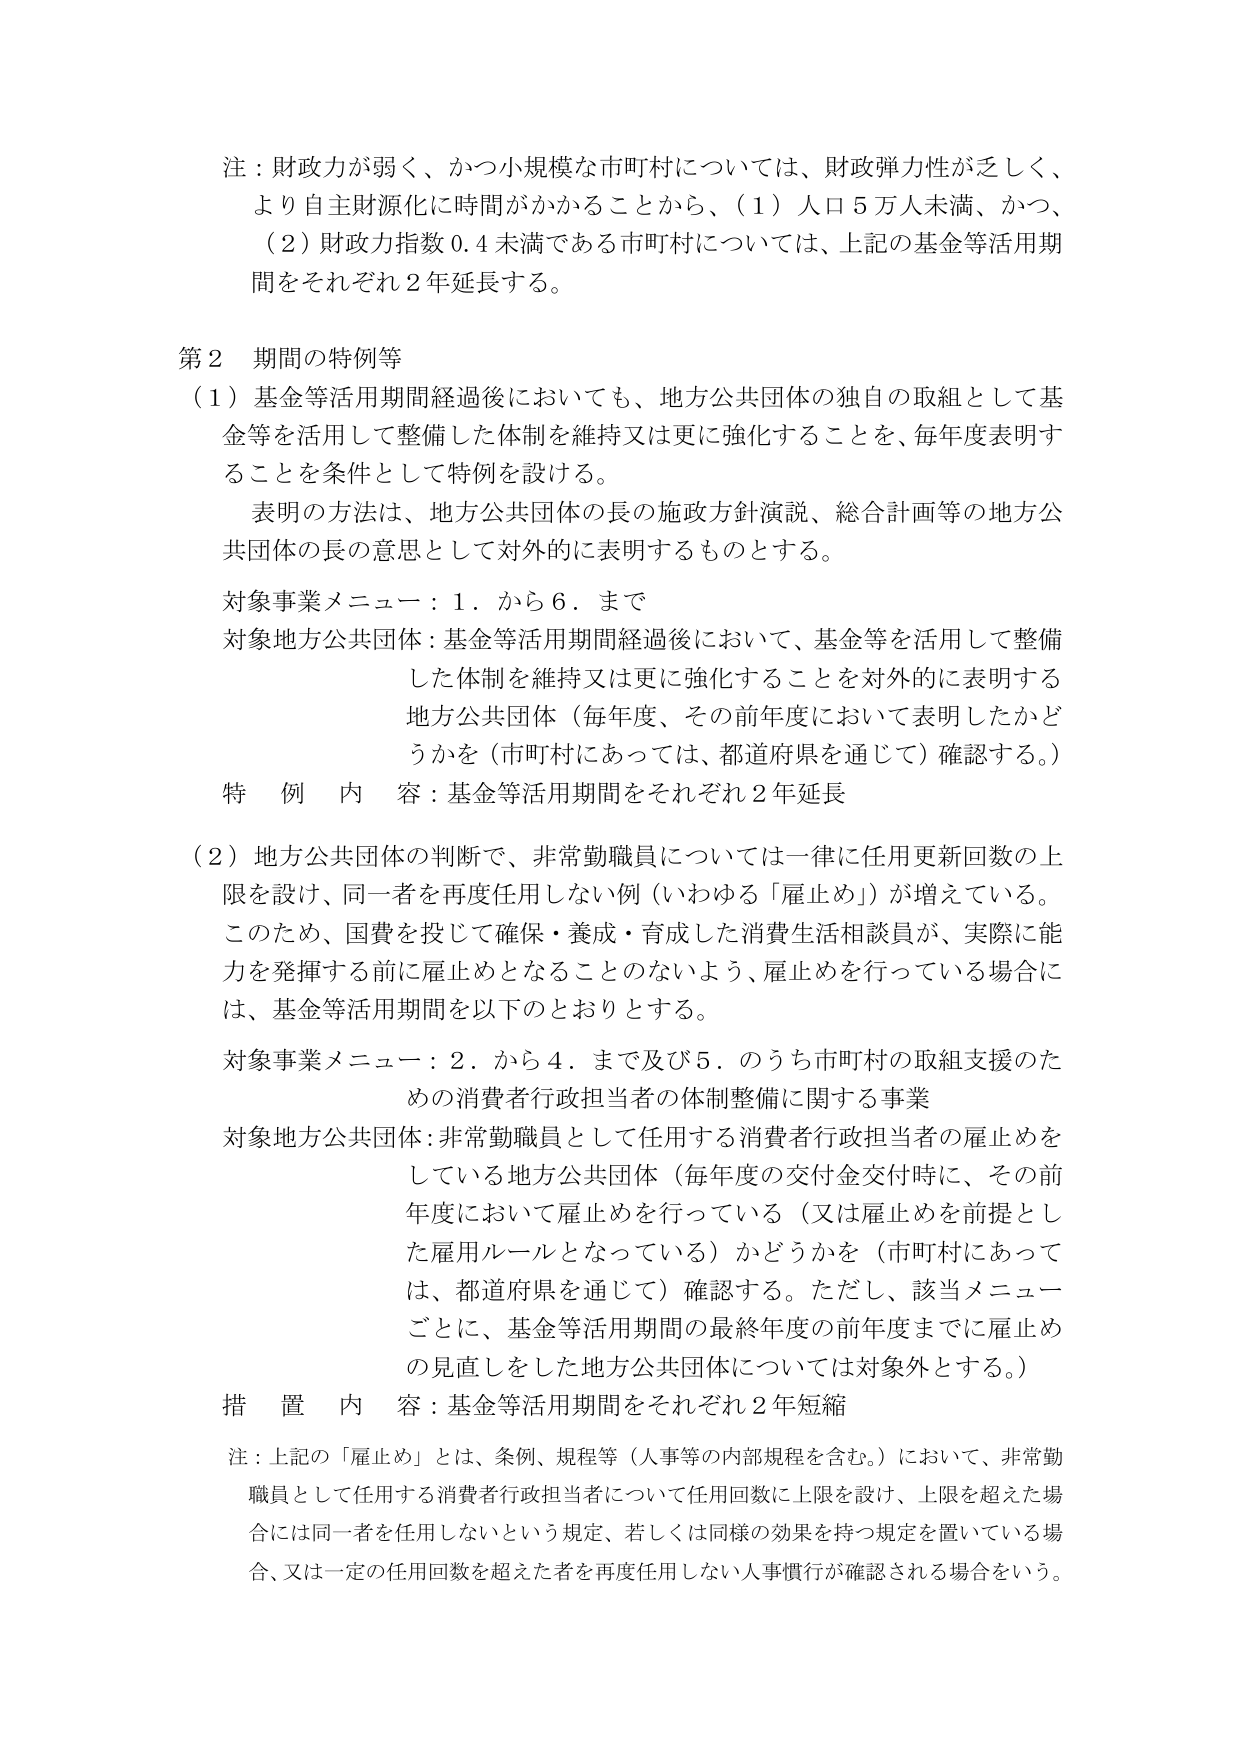
注：財政力が弱く、かつ小規模な市町村については、財政弾力性が乏しく、
より自主財源化に時間がかかることから、（1）人口5万人未満、かつ、
（2）財政力指数0.4未満である市町村については、上記の基金等活用期
間をそれぞれ2年延長する。

第2 期間の特例等
（1）基金等活用期間経過後においても、地方公共団体の独自の取組として基
金等を活用して整備した体制を維持又は更に強化することを、毎年度表明す
ることを条件として特例を設ける。
表明の方法は、地方公共団体の長の施政方針演説、総合計画等の地方公
共団体の長の意思として対外的に表明するものとする。
対象事業メニュー：1．から6．まで
対象地方公共団体：基金等活用期間経過後において、基金等を活用して整備
した体制を維持又は更に強化することを対外的に表明する
地方公共団体（毎年度、その前年度において表明したかど
うかを（市町村にあっては、都道府県を通じて）確認する。）
特例内容：基金等活用期間をそれぞれ2年延長

（2）地方公共団体の判断で、非常勤職員については一律に任用更新回数の上
限を設け、同一者を再度任用しない例（いわゆる「雇止め」）が増えている。
このため、国費を投じて確保・養成・育成した消費生活相談員が、実際に能
力を発揮する前に雇止めとなることのないよう、雇止めを行っている場合に
は、基金等活用期間を以下のとおりとする。
対象事業メニュー：2．から4．まで及び5．のうち市町村の取組支援のた
めの消費者行政担当者の体制整備に関する事業
対象地方公共団体：非常勤職員として任用する消費者行政担当者の雇止めを
している地方公共団体（毎年度の交付金交付時に、その前
年度において雇止めを行っている（又は雇止めを前提とし
た雇用ルールとなっている）かどうかを（市町村にあって
は、都道府県を通じて）確認する。ただし、該当メニュー
ごとに、基金等活用期間の最終年度の前年度までに雇止め
の見直しをした地方公共団体については対象外とする。）
措置内容：基金等活用期間をそれぞれ2年短縮

注：上記の「雇止め」とは、条例、規程等（人事等の内部規程を含む。）において、非常勤
職員として任用する消費者行政担当者について任用回数に上限を設け、上限を超えた場
合には同一者を任用しないという規定、若しくは同様の効果を持つ規定を置いている場
合、又は一定の任用回数を超えた者を再度任用しない人事慣行が確認される場合をいう。